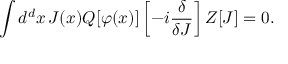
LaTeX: \int d ^ { d } x \, J ( x ) Q [ \varphi ( x ) ] \left[ - i { \frac { \delta } { \delta J } } \right] Z [ J ] = 0 .